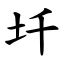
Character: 圲